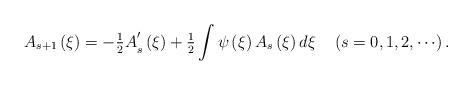
LaTeX: \begin{align*}A_{s+1}\left( \xi\right) =-{\tfrac{1}{2}A}_{s}^{\prime}\left( \xi\right)+{\tfrac{1}{2}}\int{\psi\left( \xi\right) A_{s}\left( \xi\right) d\xi}\quad\left( {s=0,1,2,\cdots}\right) . \end{align*}